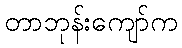
တာဘုန်းကျော်က